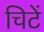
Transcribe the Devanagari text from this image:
चिटें